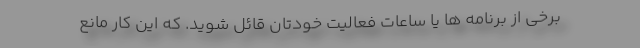
برخی از برنامه ها یا ساعات فعالیت خودتان قائل شوید. که این کار مانع